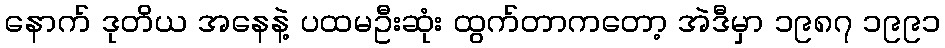
နောက် ဒုတိယ အနေနဲ့ ပထမဦးဆုံး ထွက်တာကတော့ အဲဒီမှာ ၁၉၈၇ ၁၉၉၁